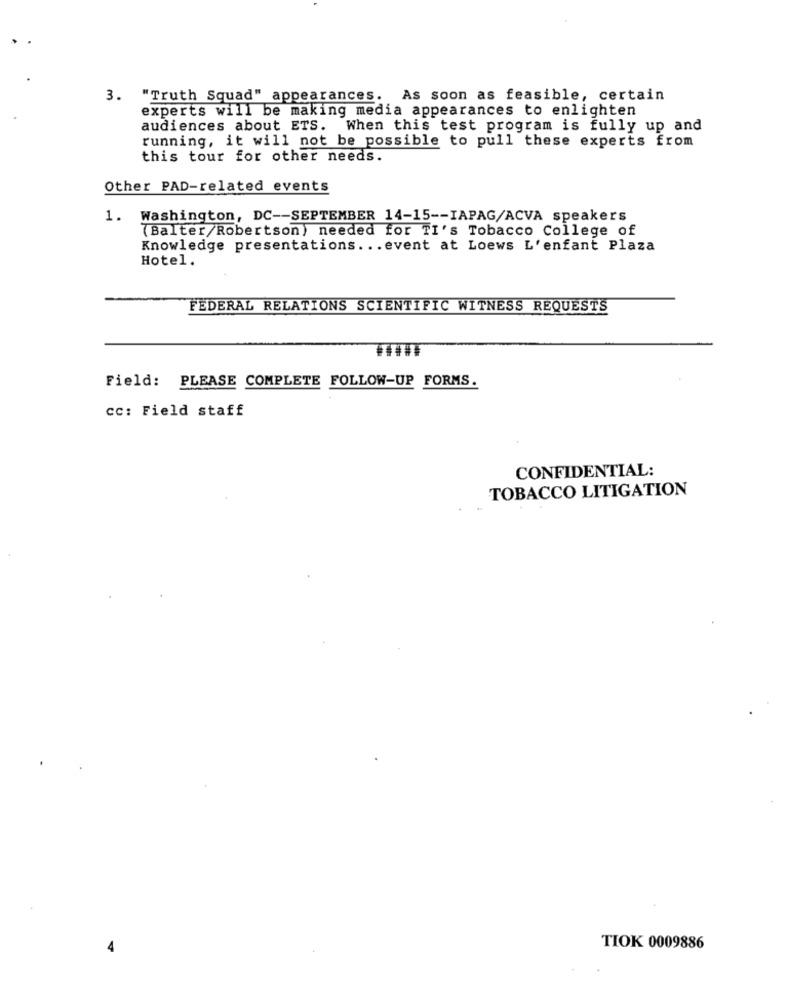
3. "Truth Squad" appearances. As soon as feasible, certain
experts will be making media appearances to enlighten
audiences about ETS. When this test program is fully up and
running, it will not be possible to pull these experts from
this tour for other needs.
Other PAD-related events
1. Washington, DC -- SEPTEMBER 14-15 -- IAPAG/ACVA speakers
(Balter/Robertson) needed for TI's Tobacco College of
Knowledge presentations ... event at Loews L'enfant Plaza
Hotel.
FEDERAL RELATIONS SCIENTIFIC WITNESS REQUESTS
Field: PLEASE COMPLETE FOLLOW-UP FORMS.
cc: Field staff
CONFIDENTIAL:
TOBACCO LITIGATION
TIOK 0009886